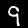
Digit: 9